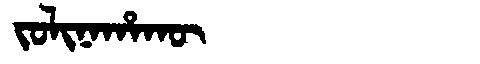
Manchu: ᠵᠣᠯᡳᠨᠠᡥᠠᡴᡡ
Romanization: JOLINAHAKŪ